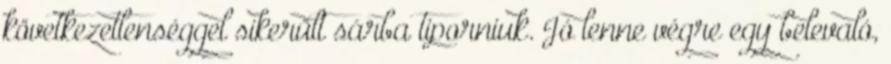
következetlenséggel sikerült sárba tiporniuk. Jó lenne végre egy belevaló,